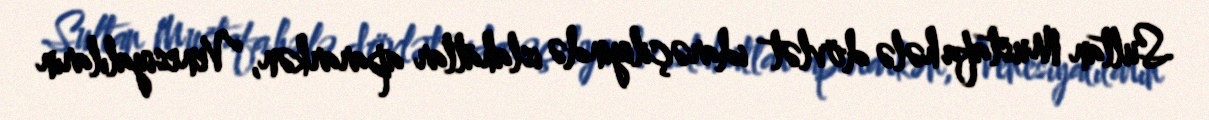
Sultan Mustafa hələ dövlət idarəçiliyində islahatlar apararkən, Venesiyalıların